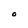
Character: O